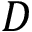
D